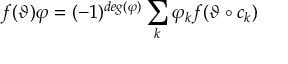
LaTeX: f ( \vartheta ) \varphi = ( - 1 ) ^ { d e g ( \varphi ) } \sum _ { k } \varphi _ { k } f ( \vartheta \circ c _ { k } )